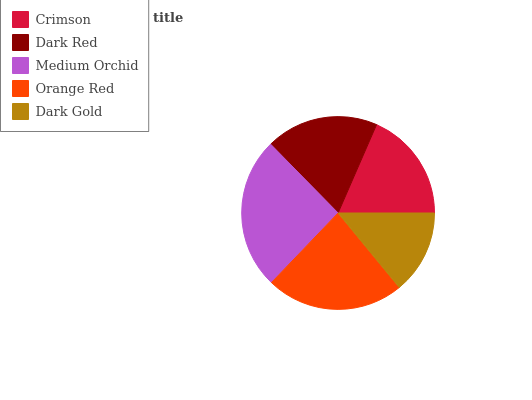
| Crimson | Dark Red | Medium Orchid | Orange Red | Dark Gold |
 | --- | --- | --- | --- | --- |
 | 18.5% | 18.9% | 25.5% | 23.1% | 14.1% |